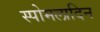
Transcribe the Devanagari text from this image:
स्पोमलादिन